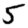
Digit: 5